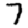
Digit: 7